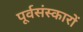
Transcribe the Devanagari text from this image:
पूर्वसंस्कारों